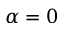
\alpha = 0